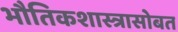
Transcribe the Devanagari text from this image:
भौतिकशास्त्रासोबत